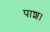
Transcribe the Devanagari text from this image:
पाश।